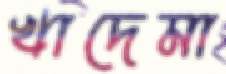
খাদেমা